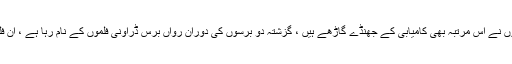
تفصیلات کے مطابق 2018 میں بننے والی پانچ بہترین ڈراونی فلموں نے اس مرتبہ بھی کامیابی کے جھنڈے گاڑھے ہیں ، گزشتہ دو برسوں کی دوران رواں برس ڈراونی فلموں کے نام رہا ہے ، ان فلموں کو کیٹیگریز کے حوالے سے درج زیل نمبرز پر رکھا گیا ہے۔